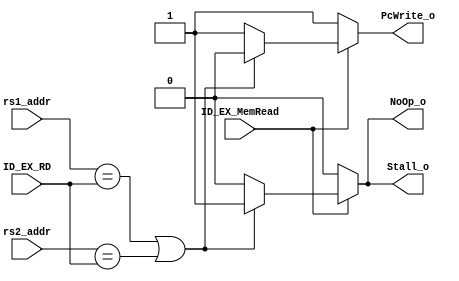
module Hazard_Detection (
    input [4 : 0] rs1_addr, rs2_addr, ID_EX_RD,
    input         ID_EX_MemRead,
    output        PcWrite_o, Stall_o, NoOp_o 
);

assign PcWrite_o =  (ID_EX_MemRead == 0)? 1 : ((rs1_addr == ID_EX_RD ||  rs2_addr == ID_EX_RD))? 0 : 1;
assign Stall_o =    (ID_EX_MemRead == 0)? 0 : ((rs1_addr == ID_EX_RD ||  rs2_addr == ID_EX_RD))? 1 : 0;
assign NoOp_o =     (ID_EX_MemRead == 0)? 0 : ((rs1_addr == ID_EX_RD ||  rs2_addr == ID_EX_RD))? 1 : 0;

endmodule